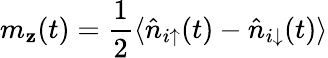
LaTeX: m_{\mathbf{z}}(t)=\frac{{1}}{{2}}\langle\hat{{n}}_{i\uparrow}(t)-\hat{{n}}_{i\downarrow}(t)\rangle